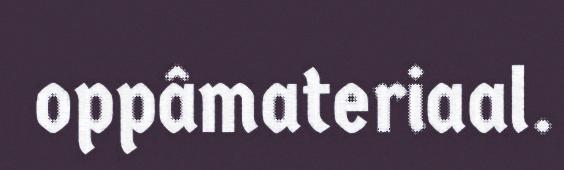
oppâmateriaal.